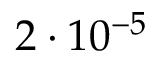
2 \cdot 1 0 ^ { - 5 }